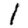
Digit: 1